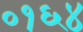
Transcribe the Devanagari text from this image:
०१६४